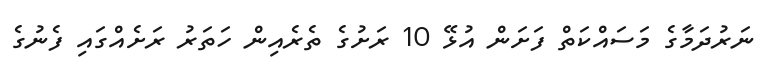
ނަރުދަމާގެ މަސައްކަތް ފަށަން އުޅޭ 10 ރަށުގެ ތެރެއިން ހަތަރު ރަށެއްގައި ފެނުގެ